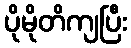
ပိုမိုတိကျပြီး